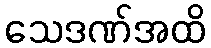
သေဒဏ်အထိ